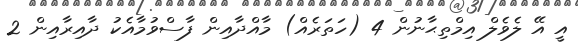
އީ އޭ ލެވެލް އިމްތިޙާނުން 4 (ހަތަރެއް) މާއްދާއިން ފާސްވުމާއެކު ދާއިރާއިން 2